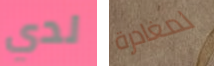
لدي لمغادرة